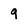
Character: 9